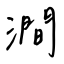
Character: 澗